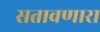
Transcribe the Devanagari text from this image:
सतावणारा